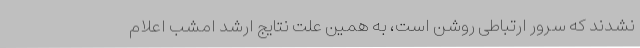
نشدند که سرور ارتباطی روشن است، به همین علت نتایج ارشد امشب اعلام